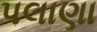
પલાણા